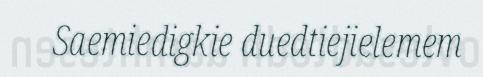
Saemiedigkie duedtiejielemem